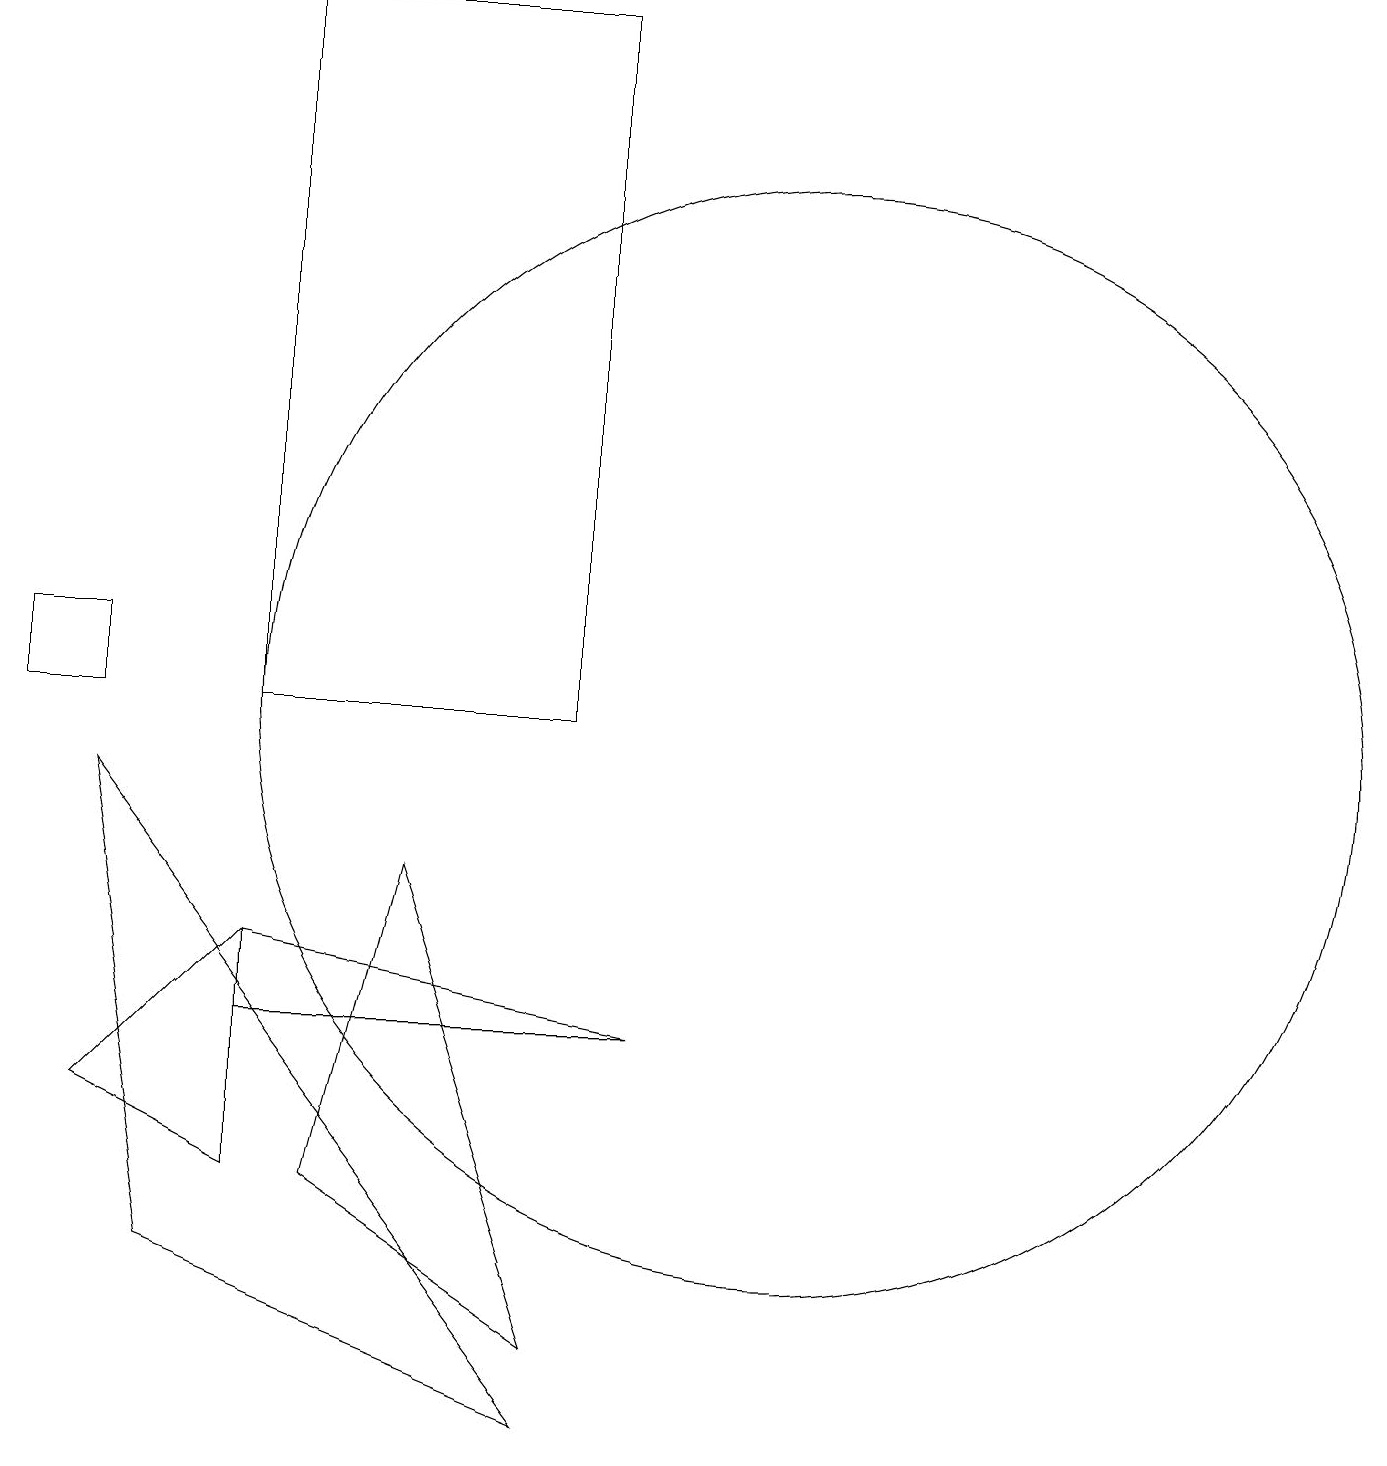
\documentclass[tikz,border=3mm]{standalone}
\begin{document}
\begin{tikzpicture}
\draw (5,8) -- (7,2) -- (4,4) -- cycle;
\draw (1,5) -- (3,4) -- (3,7) -- cycle;
\draw (1,11) rectangle (0,10);
\draw (7,1) -- (2,3) -- (1,9) -- cycle;
\draw (8,6) -- (3,7) -- (3,6) -- cycle;
\draw (10,10) circle (7);
\draw (7,19) rectangle (3,10);
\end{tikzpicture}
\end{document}